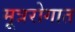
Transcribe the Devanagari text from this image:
मूत्ररोगात